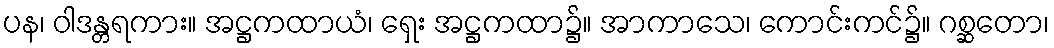
ပန၊ ဝါဒန္တရကား။ အဋ္ဌကထာယံ၊ ရှေး အဋ္ဌကထာ၌။ အာကာသေ၊ ကောင်းကင်၌။ ဂစ္ဆတော၊